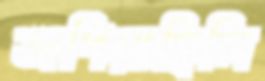
জপিয়াছিলি